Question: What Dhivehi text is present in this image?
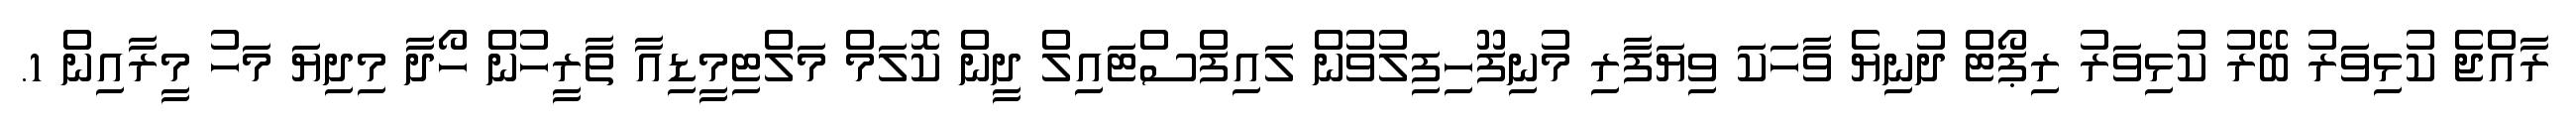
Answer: ރާއްޖެ ކުޅިވަރު ބޭރު ކުޅިވަރު ރިޕޯޓް ދުނިޔެ ވާހަކަ ވިޔަފާރި މުނިފޫހިފިލުވުން ލައިފްސްޓައިލް ދީން ކޮލަމް މަލްޓިމީޑިއާ ތާރީހުން ހޯދާ މިދިޔަ މަހު މީރާއިން 1.